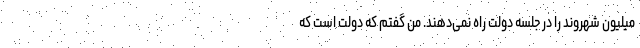
میلیون شهروند را در جلسه دولت راه نمی‌دهند. من گفتم که دولت است که